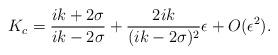
LaTeX: \begin{align*}K_{c}=\frac{i k+2\sigma}{i k-2\sigma}+\frac{2i k}{(ik-2\sigma)^{2}} \epsilon+ O(\epsilon^{2}).\end{align*}